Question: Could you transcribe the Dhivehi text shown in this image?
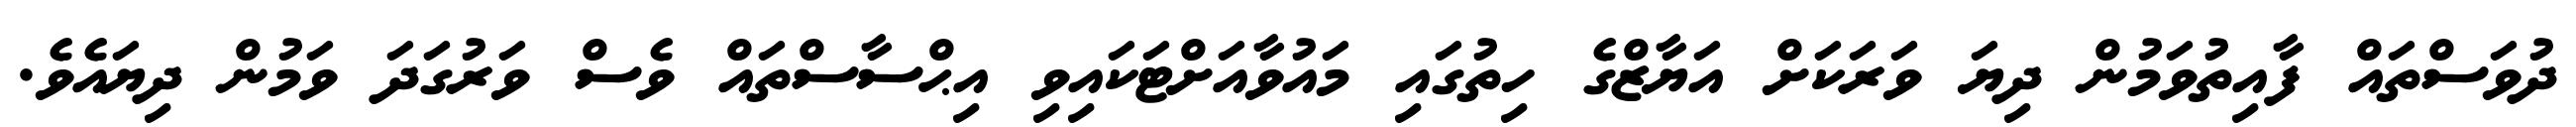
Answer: ދުވަސްތައް ފާއިތުވަމުން ދިޔަ ވަރަކަށް އަޔާޒްގެ ހިތުގައި މައުވާއަށްޓަކައިވި އިޙްސާސްތައް ވެސް ވަރުގަދަ ވަމުން ދިޔައެވެ.